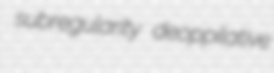
subregularity deoppilative